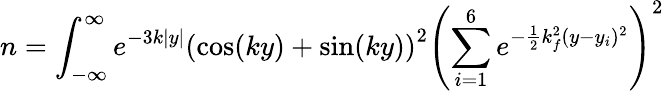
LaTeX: n=\int_{-\infty}^{\infty}e^{-3k|y|}\left(\cos(ky)+\sin(ky)\right)^{2}\left(\sum_{i=1}^{6}e^{-\frac{1}{2}k_{f}^{2}(y-y_{i})^{2}}\right)^{2}